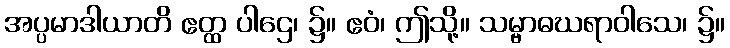
အပ္ပမာဒါယာတိ ဧတ္ထ ပါဌေ၊ ၌။ ဧဝံ၊ ဤသို့။ သမ္ဗာဓဃရာဝါသေ၊ ၌။